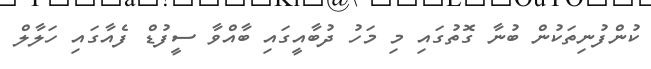
ކުންފުނިތަކުން ބުނާ ގޮތުގައި މި މަހު ދުބާއީގައި ބާއްވާ ސީފުޑް ފެއާގައި ހަލާލް